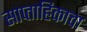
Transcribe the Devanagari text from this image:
साप्‍ताहिकाचा